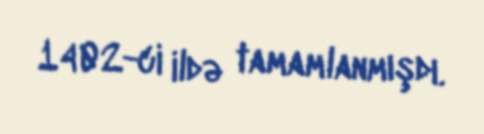
1402-ci ildə tamamlanmışdı.